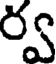
ర్వ